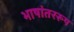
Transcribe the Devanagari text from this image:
भाषांतररूप